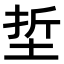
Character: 埑